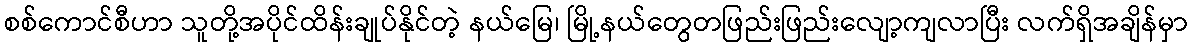
စစ်ကောင်စီဟာ သူတို့အပိုင်ထိန်းချုပ်နိုင်တဲ့ နယ်မြေ၊ မြို့နယ်တွေတဖြည်းဖြည်းလျော့ကျလာပြီး လက်ရှိအချိန်မှာ